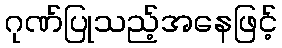
ဂုဏ်ပြုသည့်အနေဖြင့်